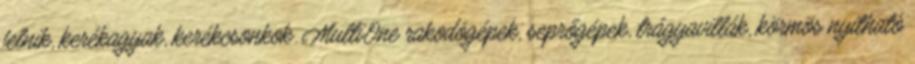
felnik, kerékagyak, kerékcsonkok. MultiOne rakodógépek, seprőgépek, trágyavillák, körmös nyitható